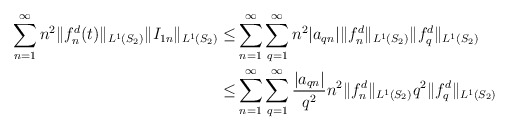
\begin{align*}\sum_{n=1}^{\infty}n^2\Vert f_n^d(t) \Vert_{L^1(S_2)}\Vert I_{1n} \Vert_{L^1(S_2)}\leq &\sum_{n=1}^{\infty}\sum_{q=1}^{\infty}n^2\vert a_{qn} \vert\Vert f_n^d \Vert_{L^1(S_2)}\Vert f_q^d \Vert_{L^1(S_2)}\\\leq &\sum_{n=1}^{\infty}\sum_{q=1}^{\infty}\dfrac{\vert a_{qn} \vert}{q^2}n^2\Vert f_n^d \Vert_{L^1(S_2)}q^2 \Vert f_q^d \Vert_{L^1(S_2)}\end{align*}